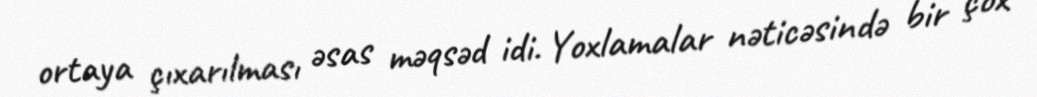
ortaya çıxarılması əsas məqsəd idi. Yoxlamalar nəticəsində bir çox